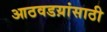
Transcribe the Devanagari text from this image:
आठवडय़ांसाठी